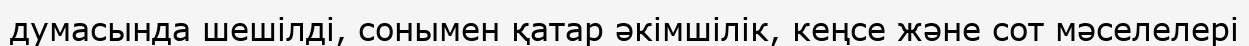
думасында шешілді, сонымен қатар әкімшілік, кеңсе және сот мәселелері